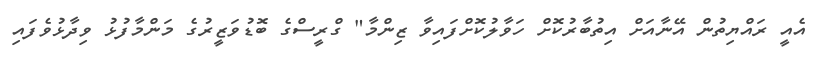
އެއީ ރައްޔިތުން އޭނާއަށް އިތުބާރުކޮށް ހަވާލުކޮށްފައިވާ ޒިންމާ" ގްރީސްގެ ބޮޑުވަޒީރުގެ މަންމާފުޅު ވިދާޅުވެފައި